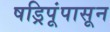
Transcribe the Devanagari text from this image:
षड्रिपूंपासून